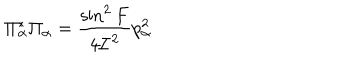
\Pi _ { \alpha } ^ { * } \Pi _ { \alpha } = \frac { \sin ^ { 2 } F } { 4 { \cal I } ^ { 2 } } p _ { \alpha } ^ { 2 }